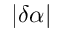
| \delta \alpha |